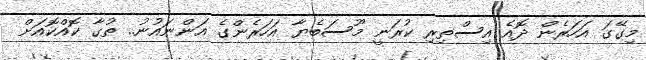
މިގޭގަ އަހަރެން ދޮއެ އިސްތިރި ކުރަނީ މޫސަބެޔާ އަހަރެންގެ އަންނައުނު.. ތުގާ ކޮއްކޮއަށް